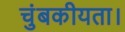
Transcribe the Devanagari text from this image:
चुंबकीयता।